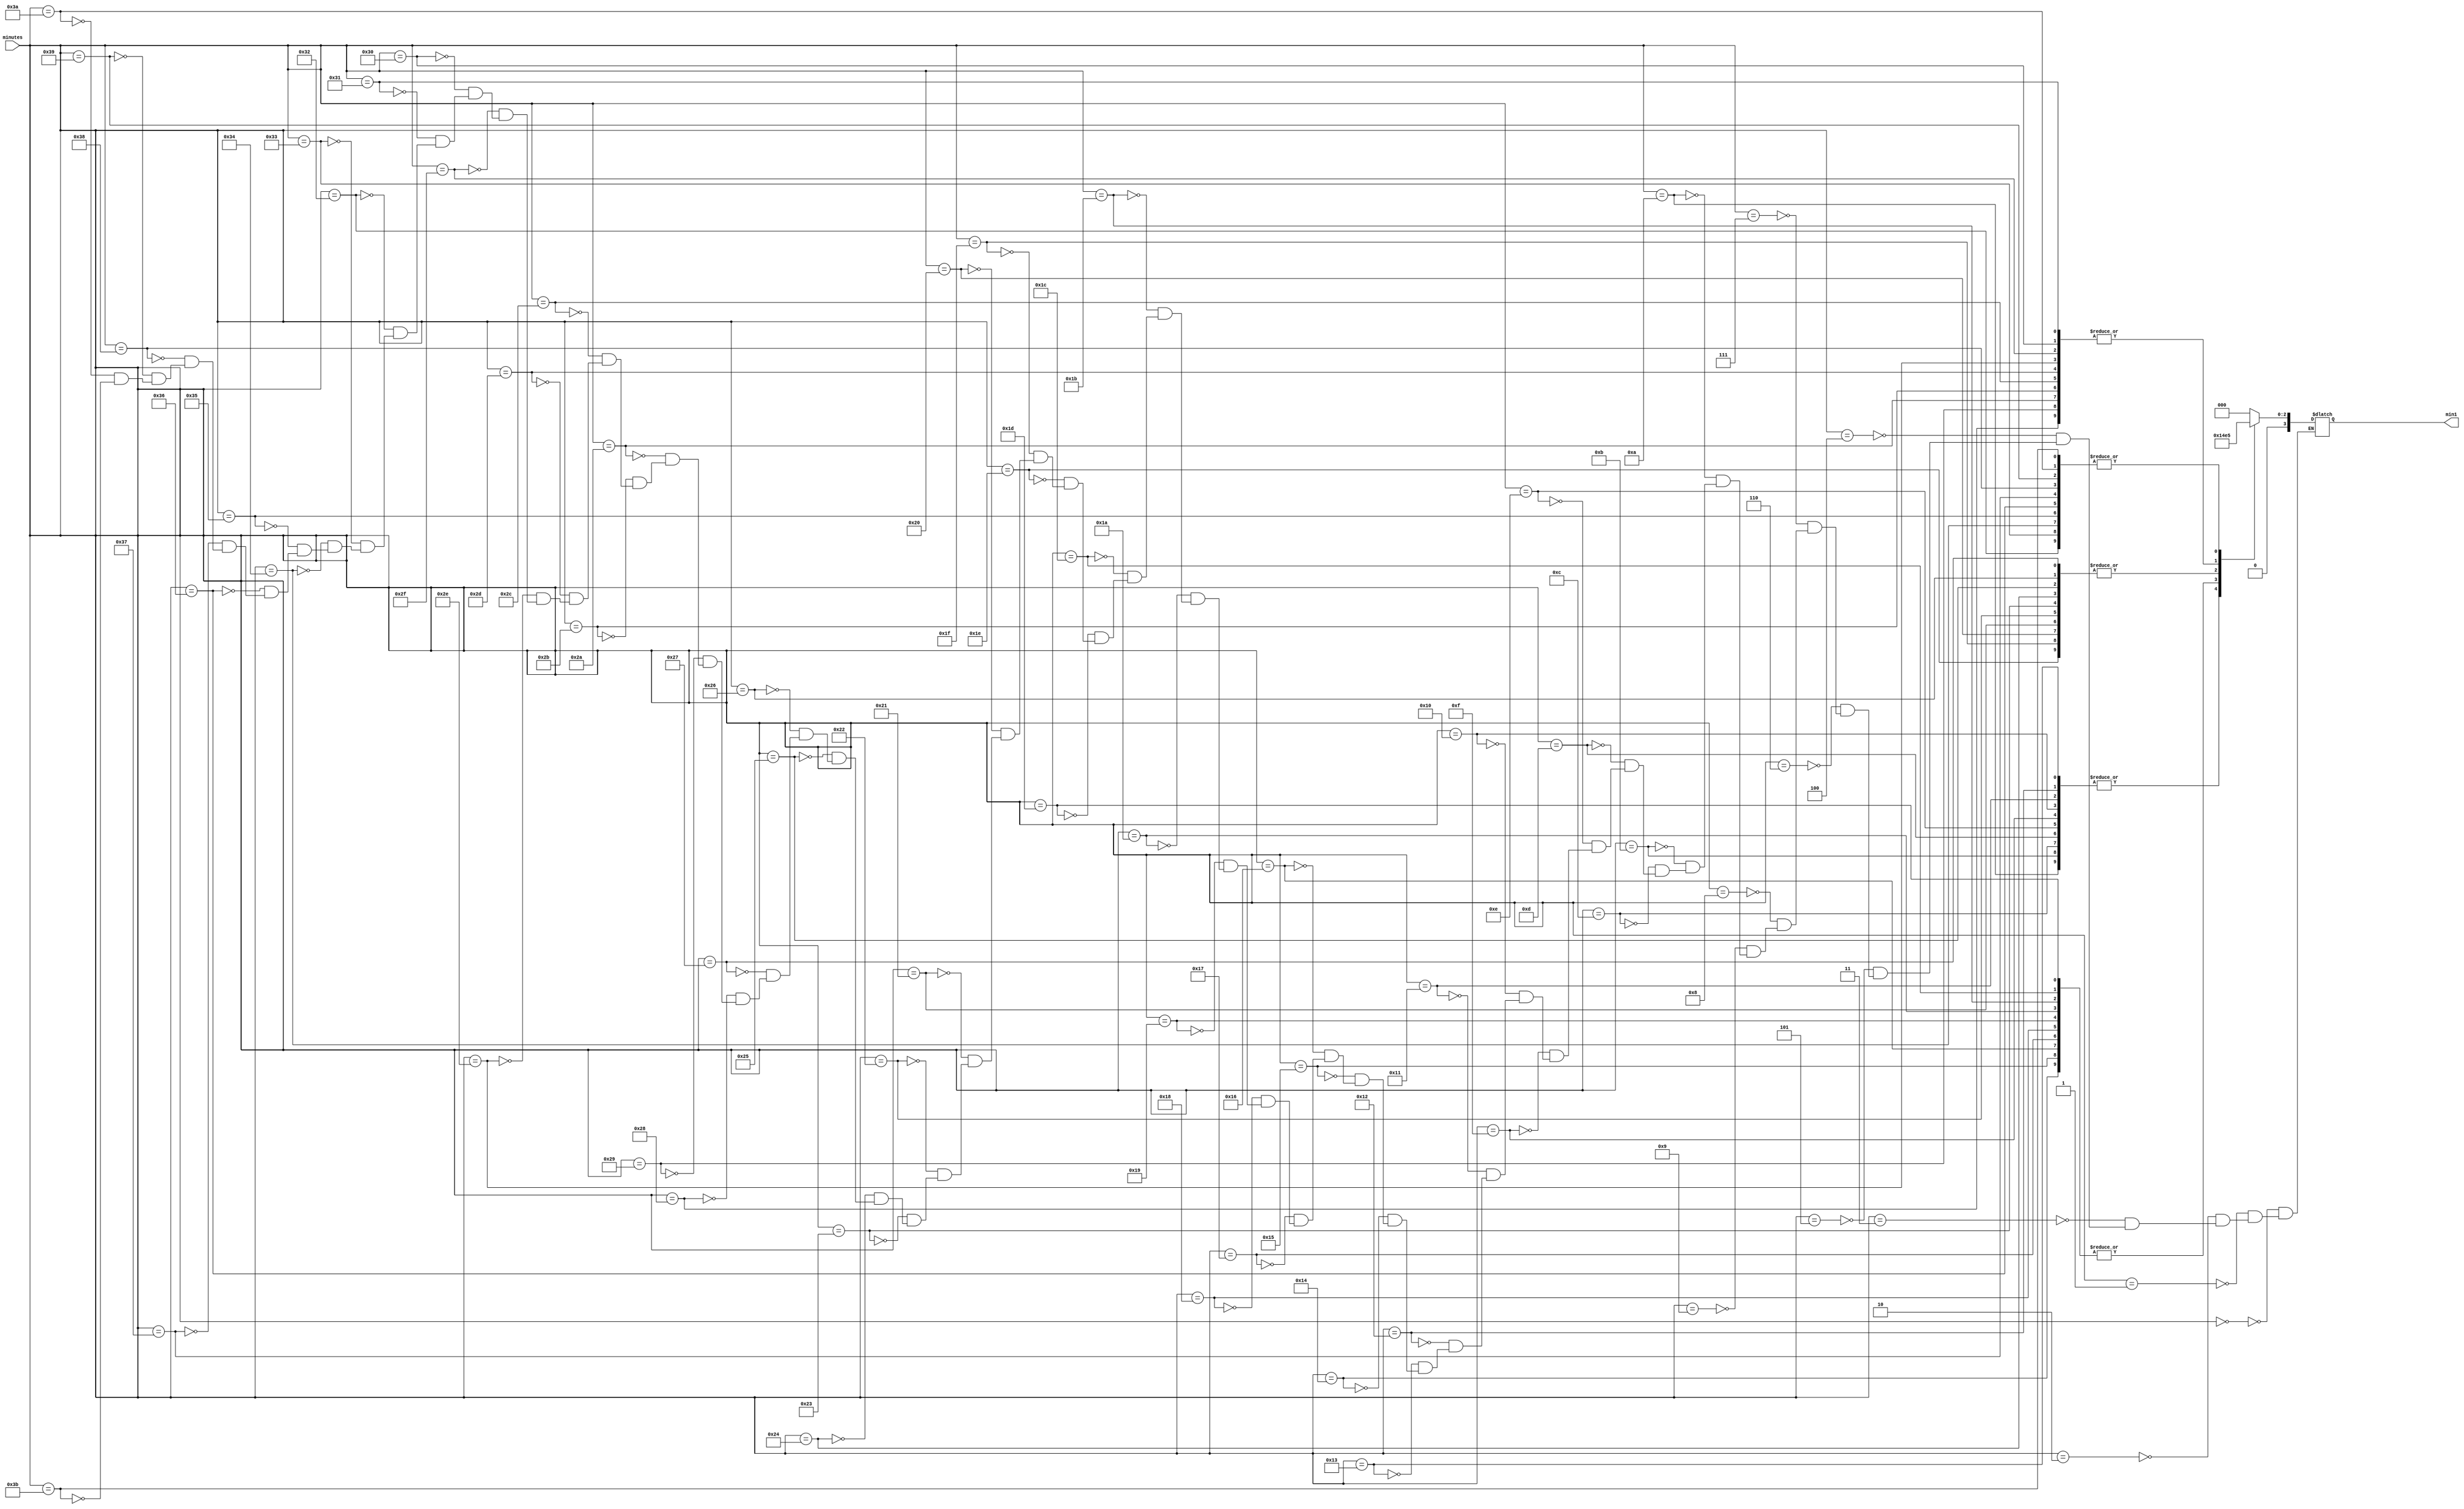
// This program was cloned from: https://github.com/FPGADude/Digital-Design
// License: GNU General Public License v3.0

`timescale 1ns / 1ps

// For 7-segment display clock
// Authored by David J Marion

module seg_min1(
    input [5:0] minutes,
    output reg [3:0] min1
    );
    
    always @(minutes) begin
        case(minutes)
            0   :   min1 = 0;
            1   :   min1 = 0;
            2   :   min1 = 0;
            3   :   min1 = 0;
            4   :   min1 = 0;
            5   :   min1 = 0;
            6   :   min1 = 0;
            7   :   min1 = 0;
            8   :   min1 = 0;
            9   :   min1 = 0;
            10  :   min1 = 1;
            11  :   min1 = 1;
            12  :   min1 = 1;
            13  :   min1 = 1;
            14  :   min1 = 1;
            15  :   min1 = 1;
            16  :   min1 = 1;
            17  :   min1 = 1;
            18  :   min1 = 1;
            19  :   min1 = 1;
            20  :   min1 = 2;
            21  :   min1 = 2;
            22  :   min1 = 2;
            23  :   min1 = 2;
            24  :   min1 = 2;
            25  :   min1 = 2;
            26  :   min1 = 2;
            27  :   min1 = 2;
            28  :   min1 = 2;
            29  :   min1 = 2;
            30  :   min1 = 3;
            31  :   min1 = 3;
            32  :   min1 = 3;
            33  :   min1 = 3;
            34  :   min1 = 3;
            35  :   min1 = 3;
            36  :   min1 = 3;
            37  :   min1 = 3;
            38  :   min1 = 3;
            39  :   min1 = 3;
            40  :   min1 = 4;
            41  :   min1 = 4;
            42  :   min1 = 4;
            43  :   min1 = 4;
            44  :   min1 = 4;
            45  :   min1 = 4;
            46  :   min1 = 4;
            47  :   min1 = 4;
            48  :   min1 = 4;
            49  :   min1 = 4;
            50  :   min1 = 5;
            51  :   min1 = 5;
            52  :   min1 = 5;
            53  :   min1 = 5;
            54  :   min1 = 5;
            55  :   min1 = 5;
            56  :   min1 = 5;
            57  :   min1 = 5;
            58  :   min1 = 5;
            59  :   min1 = 5;
        endcase
    end  
endmodule